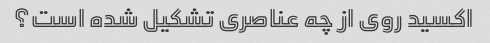
اکسید روی از چه عناصری تشکیل شده است؟